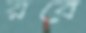
রবে